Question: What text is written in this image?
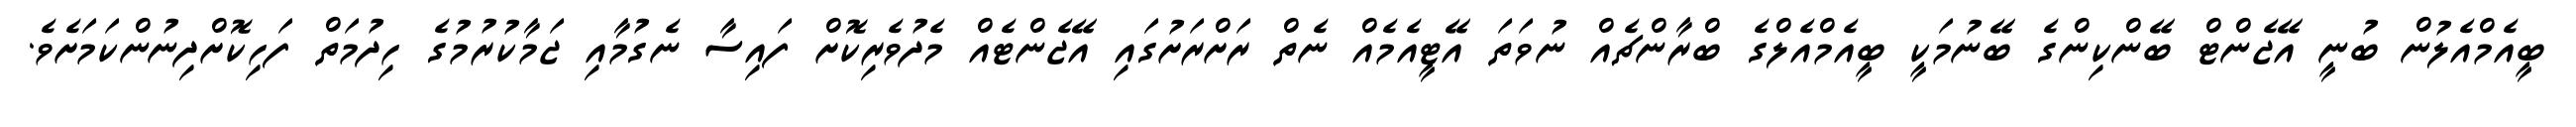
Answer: ބީއެމްއެލުން ބުނީ އޭޖެންޓް ބޭންކިންގެ ބޭނުމަކީ ބީއެމްއެލްގެ ބްރާންޗެއް ނުވަތަ އޭޓީއެމެއް ނެތް ރަށްރަށުގައި އޭޖެންޓެއް މެދުވެރިކޮށް ފައިސާ ނެގުމާއި ޖަމާކުރުމުގެ ހިދުމަތް ފަހިކޮށްދިނުންކަމަށެވެ.